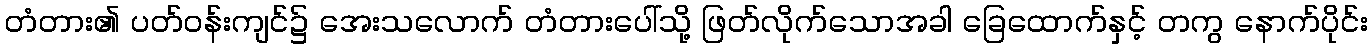
တံတား၏ ပတ်ဝန်းကျင်၌ အေးသလောက် တံတားပေါ်သို့ ဖြတ်လိုက်သောအခါ ခြေထောက်နှင့် တကွ နောက်ပိုင်း